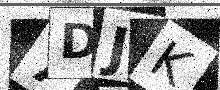
Text: 7DJK